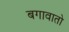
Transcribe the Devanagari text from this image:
बगावातो